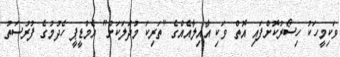
ވަކިމީހަކު ހިސޯރުކޮށްފައި އޮތް ވަކި އާއިލާއެއްގެ "ތަރިކަ މުދަލަކަށް" އެމްޑީޕީ ހެދުމުގެ ފުރުސަތު